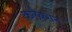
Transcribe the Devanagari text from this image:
कलैक्शन